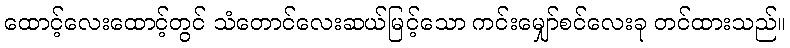
ထောင့်လေးထောင့်တွင် သံတောင်လေးဆယ်မြင့်သော ကင်းမျှော်စင်လေးခု တင်ထားသည်။